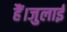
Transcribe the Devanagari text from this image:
हैं।जुलाई